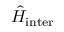
\hat { H } _ { \mathrm { i n t e r } }